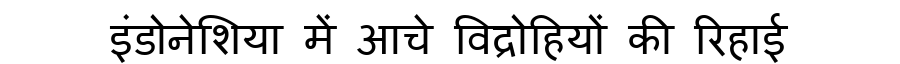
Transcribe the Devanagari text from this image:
इंडोनेशिया में आचे विद्रोहियों की रिहाई